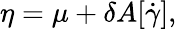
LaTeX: \eta=\mu+\delta A{[\dot{\gamma}]},